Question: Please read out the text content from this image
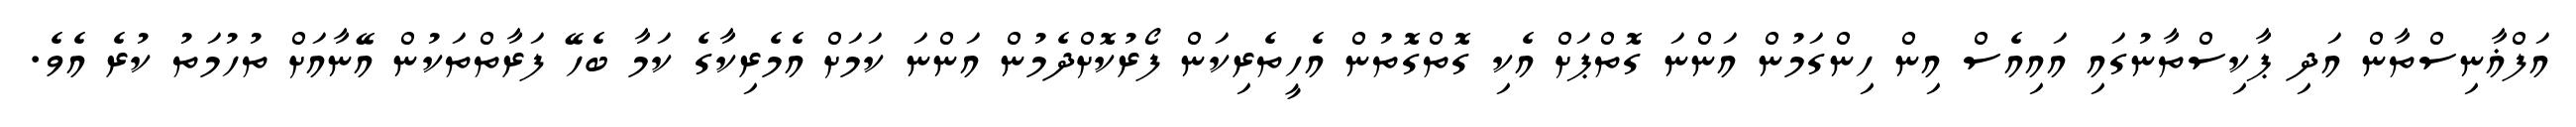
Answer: އަފްޣާނިސްތާން އަދި ޕާކިސްތާނުގައި އައިއެސް އިން ހިންގަމުން އަންނަ ގޮތްޕަށް އެކި ގޮތްގޮތުން އެހީތެރިކަން ފޯރުކޮށްދެމުން އަންނަ ކަމަށް އެމެރިކާގެ ކަމާ ބެހޭ ފަރާތްތަކުން އޭނާއަށް ތުހުމަތު ކުރެ އެވެ.